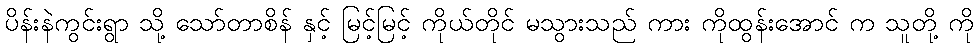
ပိန်းနဲကွင်းရွာ သို့ သော်တာစိန် နှင့် မြင့်မြင့် ကိုယ်တိုင် မသွားသည် ကား ကိုထွန်းအောင် က သူတို့ ကို